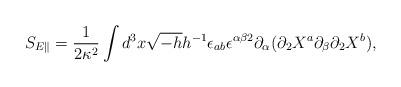
LaTeX: \begin{align*}S_{E \parallel}=\frac{1}{2\kappa ^{2}}\int d^{3}x\sqrt{-h}h^{-1}\epsilon _{ab}\epsilon ^{\alpha \beta 2}\partial _{\alpha }(\partial _{2}X^{a}\partial _{\beta}\partial _{2}X^{b}),\end{align*}